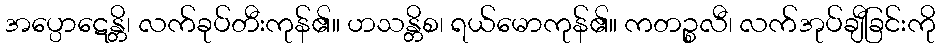
အပ္ပောဋေန္တိ၊ လက်ခုပ်တီးကုန်၏။ ဟသန္တိစ၊ ရယ်မောကုန်၏။ ကတဉ္စလီ၊ လက်အုပ်ချီခြင်းကို